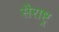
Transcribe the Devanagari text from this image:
सैराष्ट्र